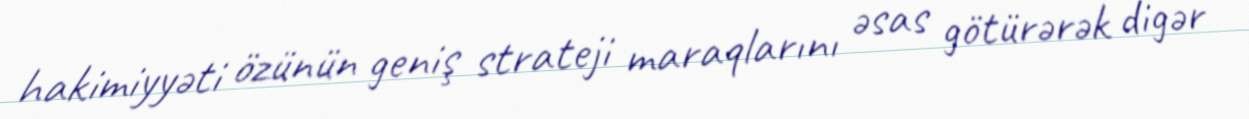
hakimiyyəti özünün geniş strateji maraqlarını əsas götürərək digər